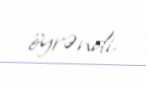
öyrəndi.